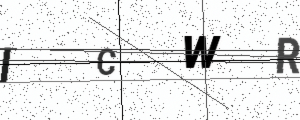
Text: ICWR